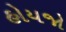
હોયજો